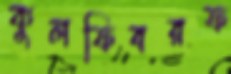
কুলফিবরফ